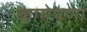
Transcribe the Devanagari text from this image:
कामेषणा